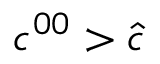
c ^ { 0 0 } > { \hat { c } }